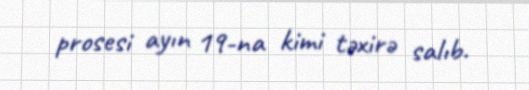
prosesi ayın 19-na kimi təxirə salıb.